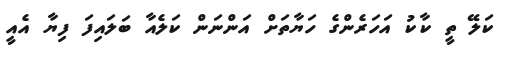
ކަލޭ ތީ ކާކު އަހަރެންގެ ހަޔާތަށް އަންނަން ކަލެއާ ބަލައިފަ ފިޔާ އެއީ